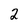
Character: 2